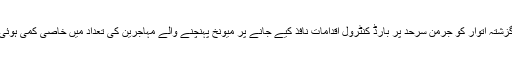
تاہم گزشتہ اتوار کو جرمن سرحد پر بارڈ کنٹرول اقدامات نافذ کیے جانے پر میونخ پہنچنے والے مہاجرین کی تعداد میں خاصی کمی ہوئی ہے۔